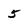
Character: 5